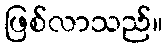
ဖြစ်လာသည်။